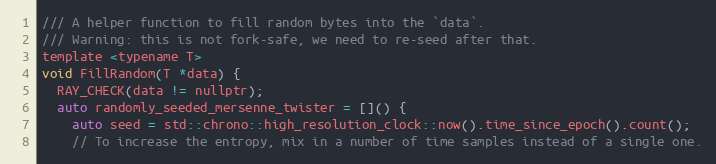
Language: C
/// A helper function to fill random bytes into the `data`.
/// Warning: this is not fork-safe, we need to re-seed after that.
template <typename T>
void FillRandom(T *data) {
  RAY_CHECK(data != nullptr);
  auto randomly_seeded_mersenne_twister = []() {
    auto seed = std::chrono::high_resolution_clock::now().time_since_epoch().count();
    // To increase the entropy, mix in a number of time samples instead of a single one.